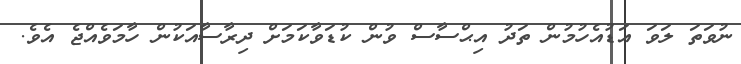
ނުވަތަ ލަވަ އަޑުއެހުމުން ތަދު އިޙްސާސް ވުން ކުޑަވާކަމަށް ދިރާސާއަކުން ހާމަވެއްޖެ އެވެ.